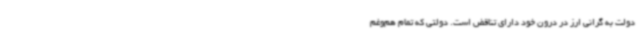
دولت به گرانی ارز در درون خود دارای تناقض است. دولتی که تمام هم‌وغم